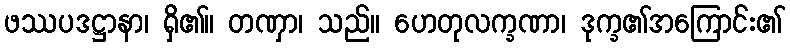
ဖဿပဒဋ္ဌာနာ၊ ရှိ၏။ တဏှာ၊ သည်။ ဟေတုလက္ခဏာ၊ ဒုက္ခ၏အကြောင်း၏